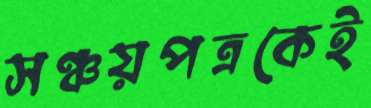
সঞ্চয়পত্রকেই